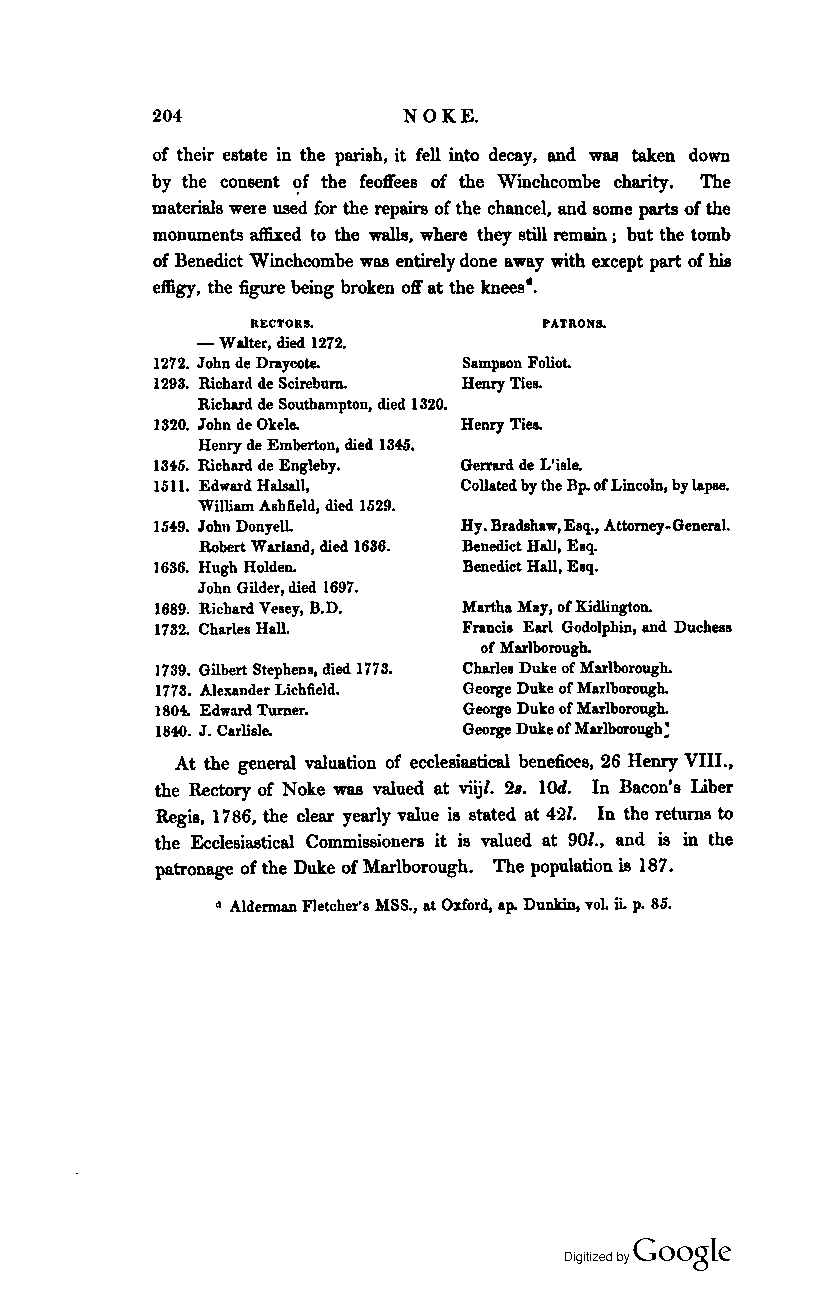
204              NOKE.
 of their estate in the parish, it fell into decay, and was taken down
 by the consent ?f the feoft"ees of the Winchcombe charity. 'The
 materials were used for the repairs of the chancel, and some parts of the
 monuments affixed to the walls, where they still remain; but the tomb
 of Benedict Winchcombe was entirely done away with except part of his
 effigy, the figure being broken oft" at the knees·.
 RECTORS.           PATRONS.
 - Walter, died 1272.
 1272. John de Draycote. Sampson Foliot.
 1293. Richard de Scirebum. Henry Ties.
 Richard de Southampton, died 1320.
 1320. John de Okele. Henry Ties.
 Henry de Emberton, died 134$.
 1346. Ricbard de Engleby. Gerrard de Visle.
 1611. Edward Halsall, Collated by the Bp. of Lincoln, by lapse.
 William Asbfield, died 1629.
 1649. John DonyelL  Hy. Bradshaw, Esq., Attorney-General.
 Robert Warland, died 1636. Benedict Hall, Esq.
 J 636. Hugh Holden.  Benedict Hall, Esq.
 John Gilder, died 1697.
 1689. Richard Vesey, B.D. Martha May, of Kidlington.
 1732. Charles Hall.  Francia Earl Godolphin, and Duchess
 of Marlborough.
 1739. Gilbert Stephens, died 1773. Charles Duke of Marlborough.
 1773. Alexander Lichfield. George Duke of Marlborough.
 18040. Edward Turner. George Duke of Marlborough.
 1840. J. Carliale.   George Duke of Marlborough:
 At the general valuation of ecclesiastical benefices, 26 Henry VIII.,
 the Rectory of Noke was valued at viij/. 28. lOll. In Bacon's Liber
 Regis, 1786, the clear yearly value is stated at 42/. In the returns to
 the Ecclesiastical Commi88ioners it is valued at 90/., and is in the
 patronage of the Duke of Marlborough. 'The population is 187.
 d Alderman Fletcher's )ISS., at Oxford, ap. Dunkin, voL ii. p. 86.
 Coogle
 Digitized by